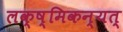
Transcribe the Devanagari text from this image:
लक्ष्मिकन्यत्